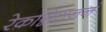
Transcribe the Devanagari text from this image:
रेकग्निशननं